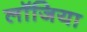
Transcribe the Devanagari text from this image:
लॉजिया